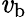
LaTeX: \mathit{v}_{\mathrm{{b}}}